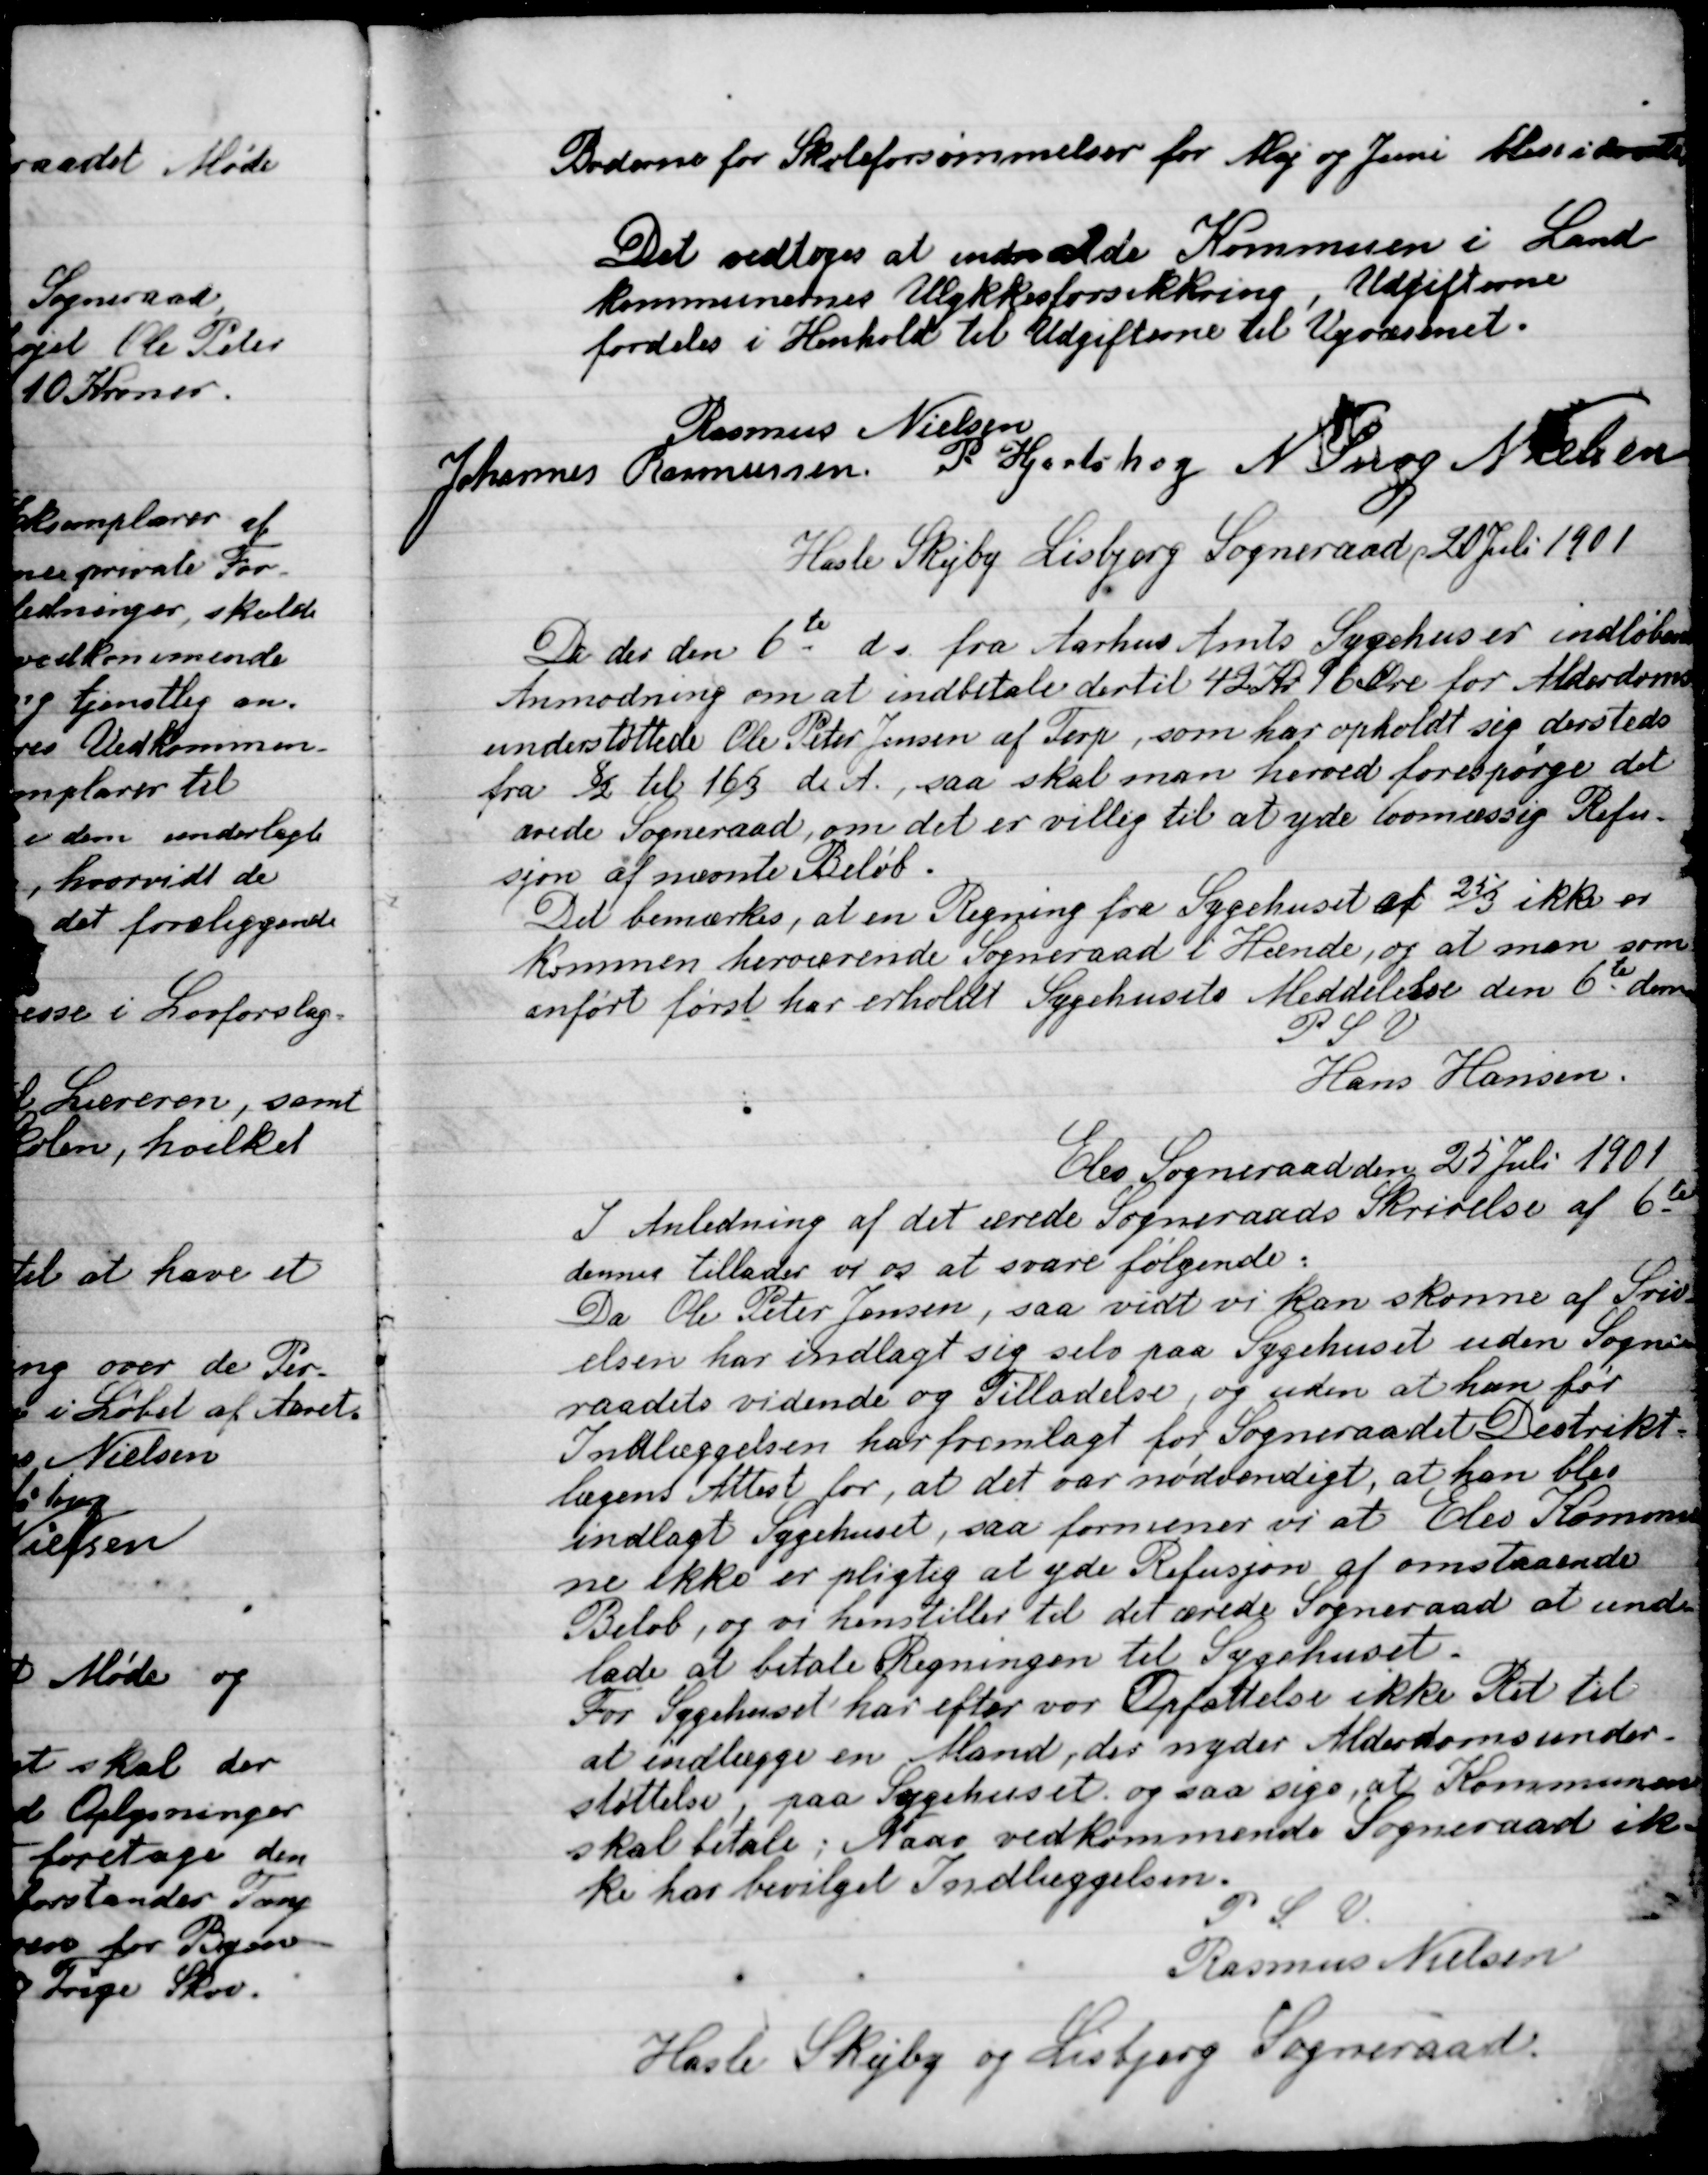
Transskription:
Bøderne for Skoleforsømmelser for Maj og Juni

Det vedtoges at indmelde Kommunen i Land-
Kommunernes Ulykkesforsikring , Udgifterne
fordeles i henhold til Udgifterne til Vejvæsenet.

Rasmus Nielsen
Johannes Rasmussen
P. Hjortshøj
N. Snog Nielsen

Hasle Skejby Lisbjerg Sogneraad, 20 Juli 1901

De der den 6de ds fra Aarhus Amts Sygehus er indløbende
Anmodning om at indbetale dertil 42 Kr. 96 Øre for Alderdoms-
understøttelse Ole Peder Jensen af Terp, som har opholdt sig dersteds
fra 8/2 til 16/3 d. A., saa skal man herved forespørge det
Ærede Sogneraad, om det er villig til at yde lovmæssig Refu-
sjon af nævnte Beløb.
Det bemærkes, at en Regning fra Lægehuset af 25/3 ikke er
lommen herværende. Sogneraad i Hende, og at man som
Inført først har erholdt Sygehusets Meddelelse den 6de dennes
P.S.V.
Hans Hansen

Elev Sogneraad den 25 Juli 1901
I Anledning af det ærede Sogneraads Skrivelse af 6de
denne tillader vi os at svare følgende.
Da Ole Peder Jensen, saa vidt vi kan skønne af Skri-
velsen har indlagt sig selv paa Sygehuset uden Sogne-
raadets vidende og Tilladelse, og uden at han før
Indlæggelsen har fremlagt for Sogneraadets Distrikts-
læges Attest for, at det var nødvendigt, at han blev
indlagt Sygehuset, saa formener vi at Elevs Kommu-
ne Ikke er pligtig at yde Refusion af ovenstaaende
Beløb, og vi henstiller til det ærede Sogneraad at und-
lade at betale Regningen til Sygehuset.
For Sygehuset har efter vor Opfattelse ikke Ret til
at indlægge en Mand, der nyder Alderdomsunder-
støttelse, på Sygehuset og saa sige, at Kommunen
skal betale; vedkommende Sogneraad ik-
ke har bevilget Indlæggelsen.
P.S.V.
Rasmus Nielsen
Hasle Skejby og Lisbjerg Sogneraad.